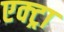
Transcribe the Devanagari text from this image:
एक्ट्रा